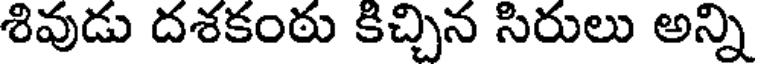
శివుడు దశకంఠు కిచ్చిన సిరులు అన్ని